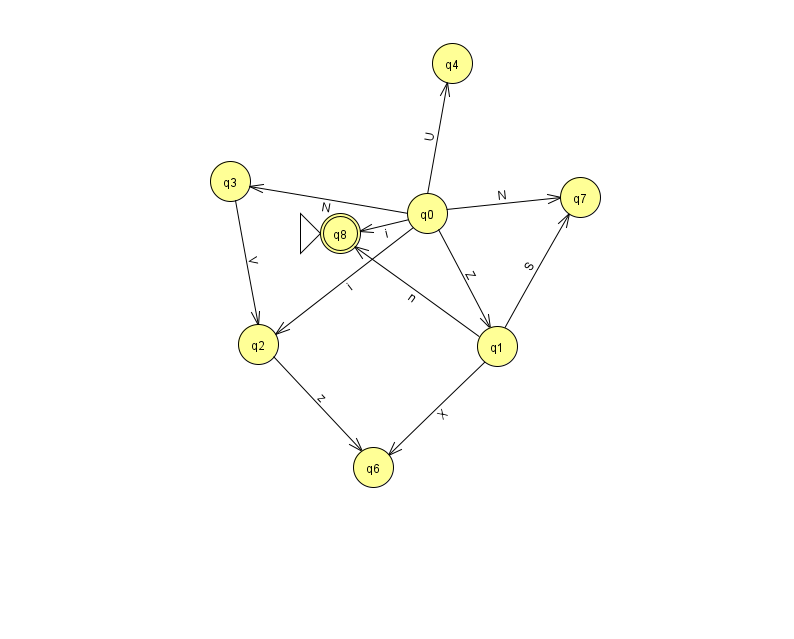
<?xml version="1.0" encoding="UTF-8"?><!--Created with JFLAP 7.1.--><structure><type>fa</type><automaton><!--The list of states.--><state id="0" name="q0"><x>427.0</x><y>200.0</y></state><state id="1" name="q1"><x>497.0</x><y>333.0</y></state><state id="2" name="q2"><x>258.0</x><y>331.0</y></state><state id="3" name="q3"><x>230.0</x><y>168.0</y></state><state id="4" name="q4"><x>452.0</x><y>50.0</y></state><state id="6" name="q6"><x>373.0</x><y>454.0</y></state><state id="7" name="q7"><x>580.0</x><y>184.0</y></state><state id="8" name="q8"><x>340.0</x><y>220.0</y><initial/><final/></state><!--The list of transitions.--><transition><from>0</from><to>4</to><read>U</read></transition><transition><from>3</from><to>2</to><read>V</read></transition><transition><from>2</from><to>6</to><read>z</read></transition><transition><from>0</from><to>8</to><read>i</read></transition><transition><from>0</from><to>1</to><read>Z</read></transition><transition><from>0</from><to>2</to><read>i</read></transition><transition><from>0</from><to>7</to><read>N</read></transition><transition><from>1</from><to>7</to><read>S</read></transition><transition><from>1</from><to>6</to><read>X</read></transition><transition><from>1</from><to>8</to><read>n</read></transition><transition><from>0</from><to>3</to><read>N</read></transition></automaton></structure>